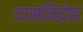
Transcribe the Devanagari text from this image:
दासविद्रोह